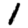
Digit: 1